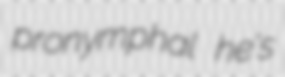
pronymphal he's